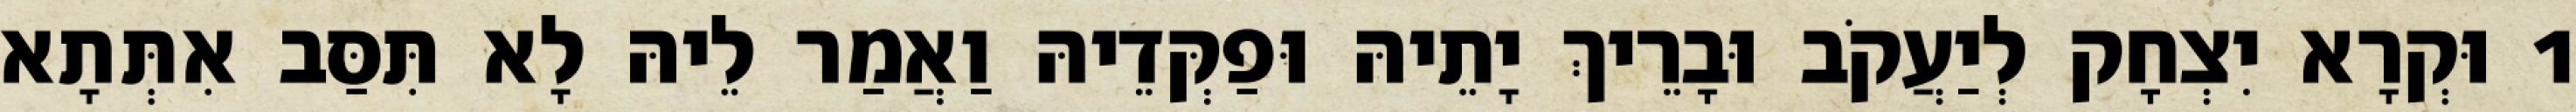
1 וּקְרָא יִצְחָק לְיַעֲקֹב וּבָרֵיךְ יָתֵיהּ וּפַקְּדֵיהּ וַאֲמַר לֵיהּ לָא תִּסַּב אִתְּתָא